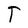
Character: T